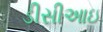
ડીસીઆઇ